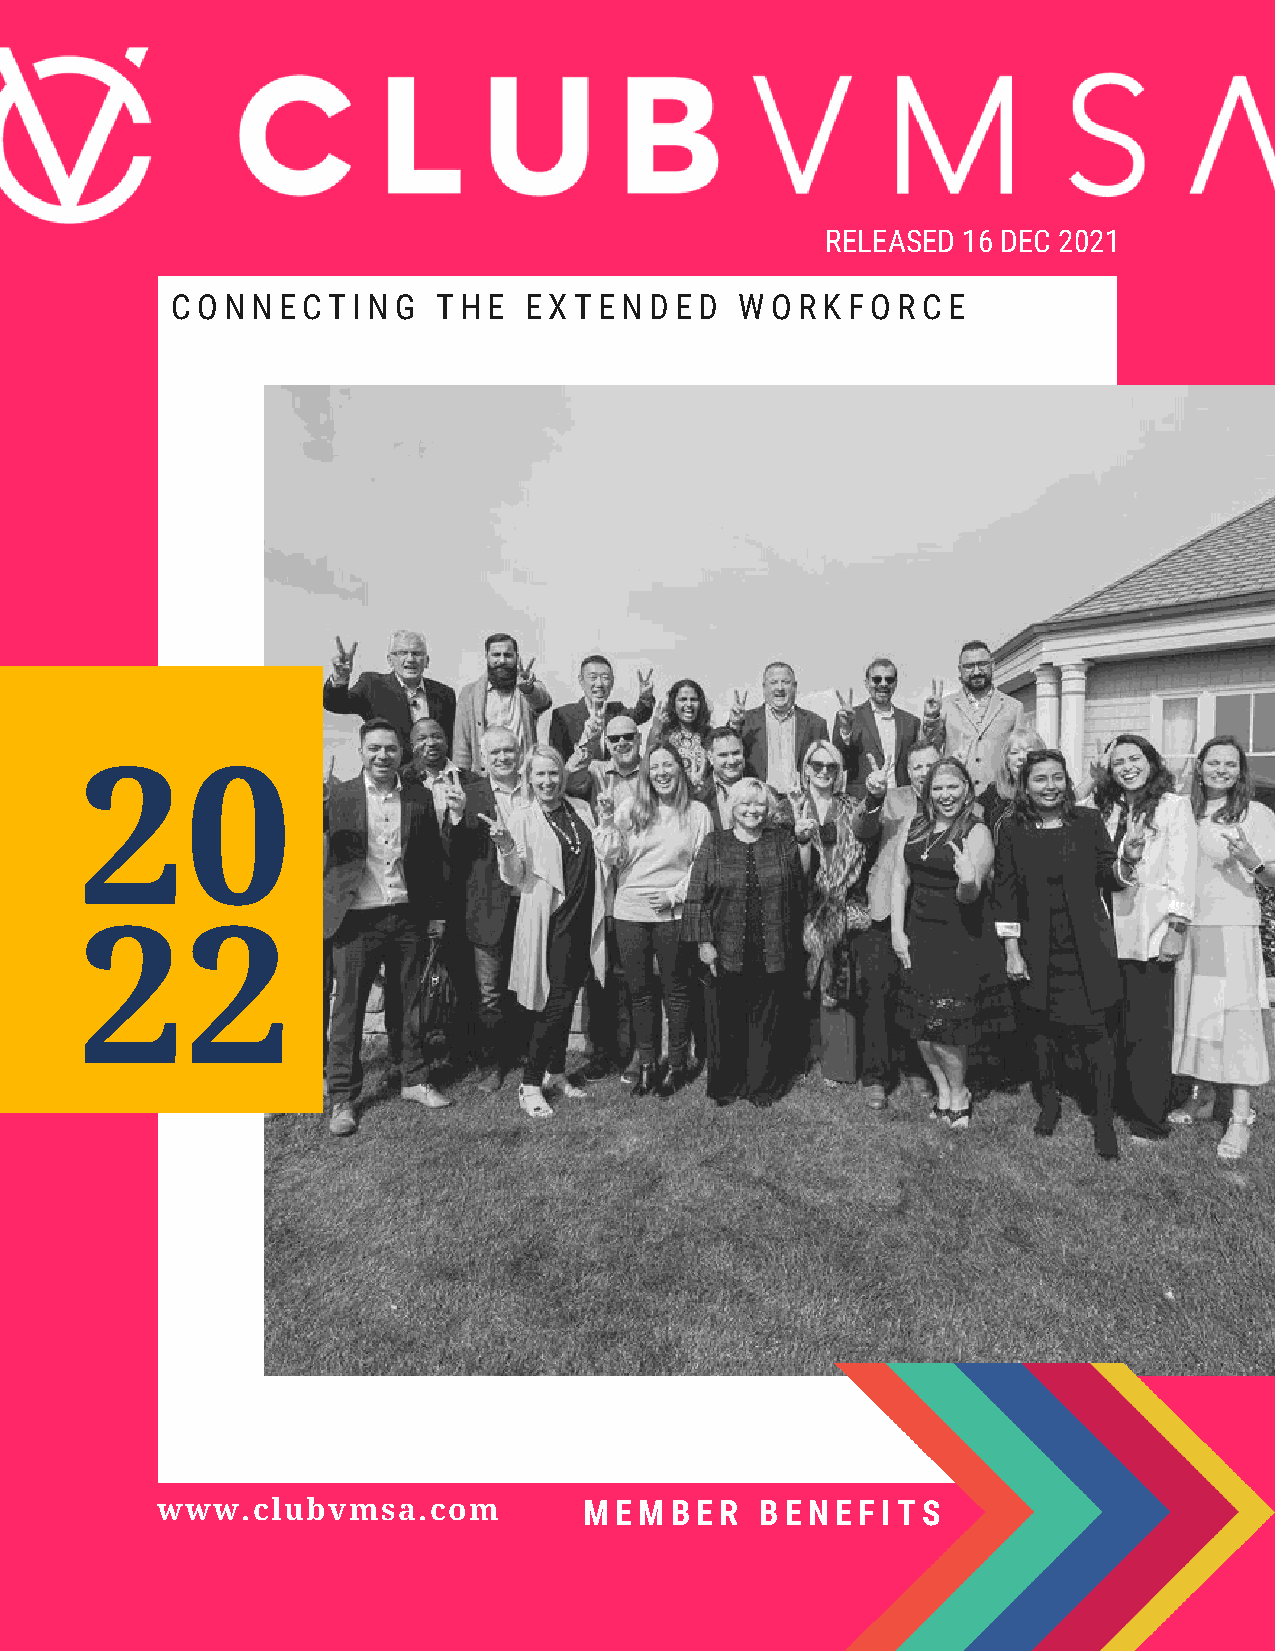
RELEASED 16 DEC 2021
 CONNECTING        THE   EXTENDED      WORKFORCE
 20
 22
 www.clubvmsa.com             MEMBER     BENEFITS